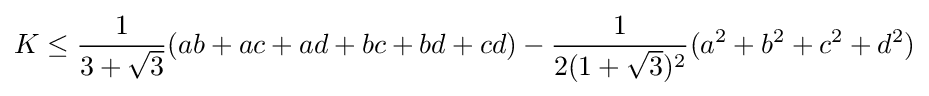
K\leq {\frac {1}{3+{\sqrt {3}}}}(ab+ac+ad+bc+bd+cd)-{\frac {1}{2(1+{\sqrt {3}})^{2}}}(a^{2}+b^{2}+c^{2}+d^{2})